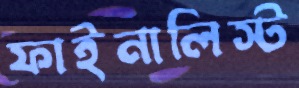
ফাইনালিস্ট